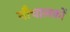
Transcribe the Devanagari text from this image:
नौचालकों